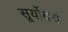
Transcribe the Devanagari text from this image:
सूर्योदयं